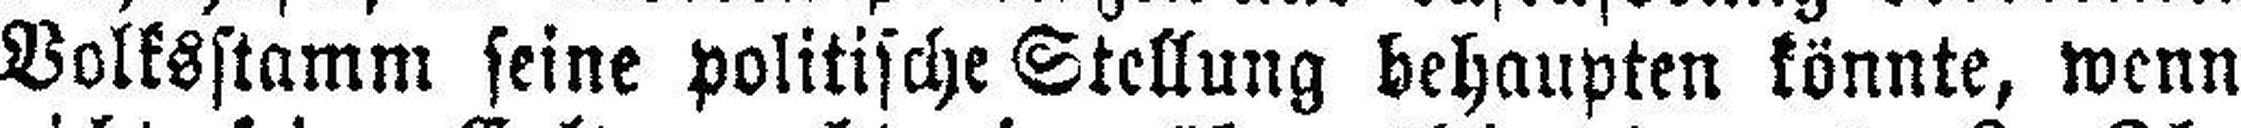
Volksstamm seine politische Stellung behaupten könnte, wenn